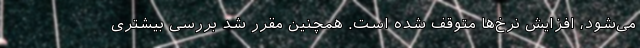
می‌شود، افزایش نرخ‌ها متوقف شده است. همچنین مقرر شد بررسی بیشتری